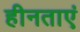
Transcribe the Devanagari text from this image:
हीनताएं